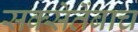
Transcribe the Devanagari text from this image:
सक्सेतेंबाच